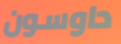
داوسون